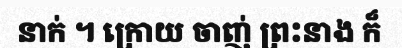
នាក់ ។ ក្រោយ ចាញ់ ព្រះនាង ក៏